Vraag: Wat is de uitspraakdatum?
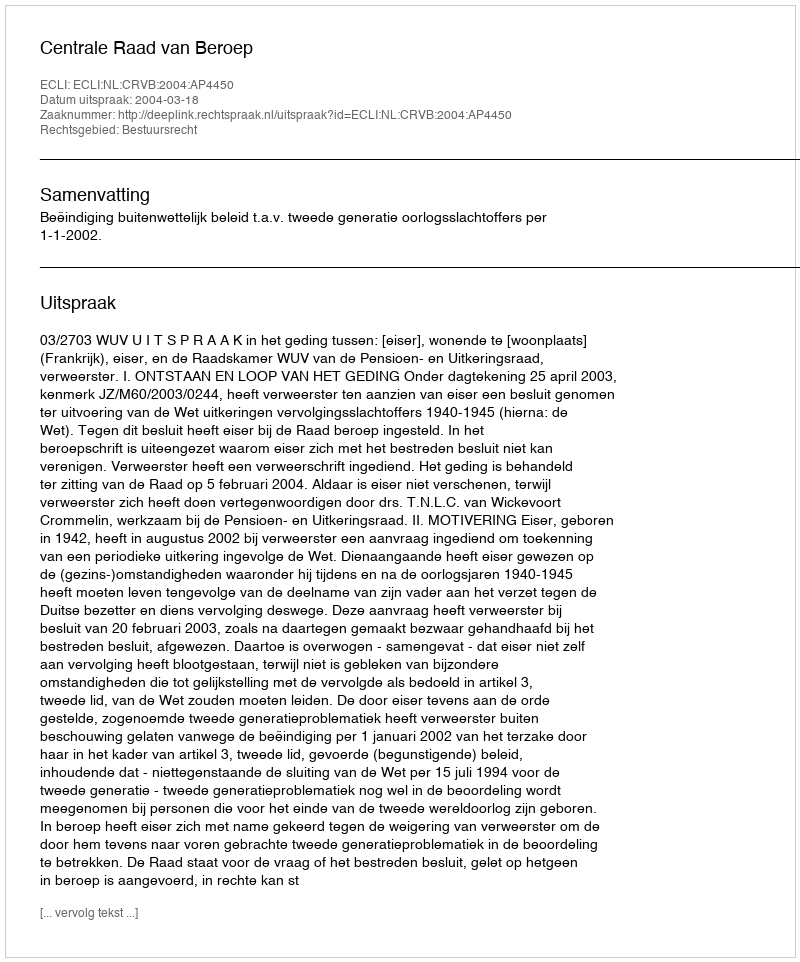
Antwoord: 2004-03-18